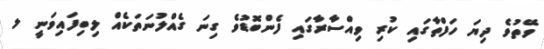
ވޭތުވެ ދިޔަ ހަފްތާގައި ކުރި ވިއްސާރާގައި ފެންބޮޑުވެ ގިނަ ގެއްލުނަތަކެއް ލިބިފައިވަނީ ލ